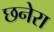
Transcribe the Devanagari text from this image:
छनेरा